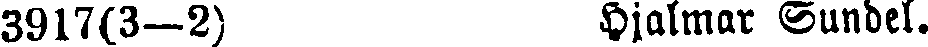
3917(3—2) Hjalmar Sundel.